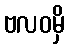
ဗလဝမှိ